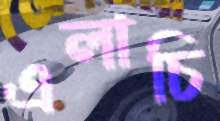
এলাচি